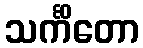
သင်္ကိတော